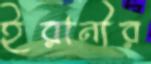
ইরানীর